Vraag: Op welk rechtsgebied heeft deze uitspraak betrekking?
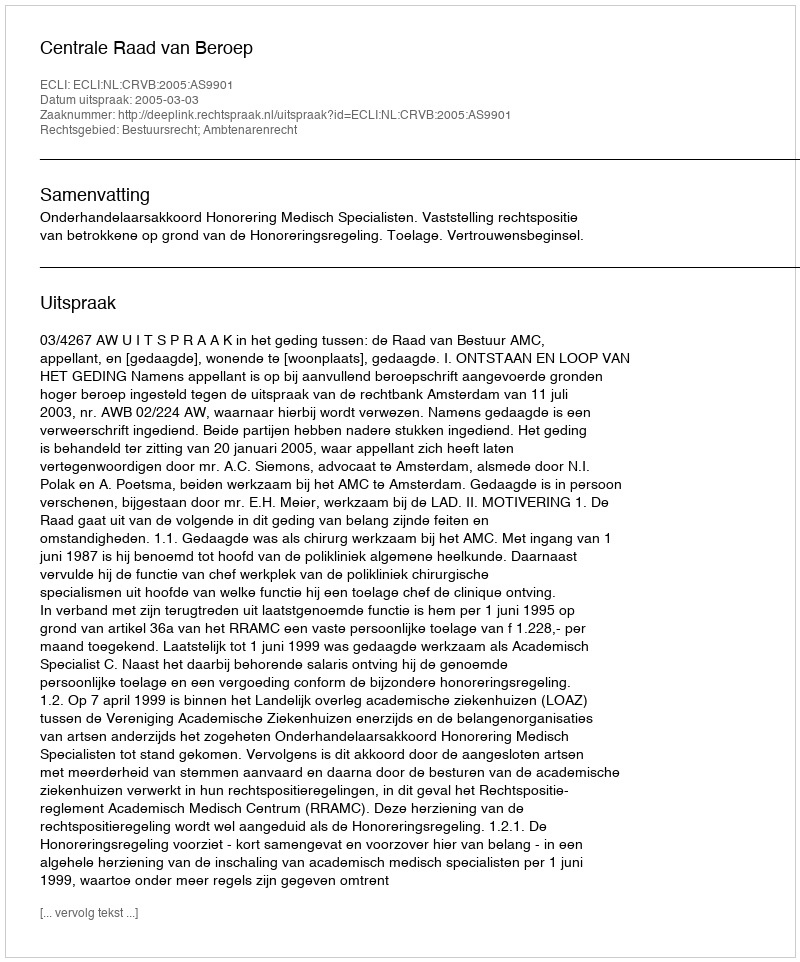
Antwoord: Bestuursrecht; Ambtenarenrecht